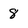
Character: 8